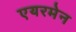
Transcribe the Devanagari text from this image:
एयरमेन